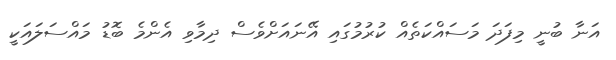
އަނާ ބުނީ މިފަދަ މަސައްކަތެއް ކުރުމުގައި އޭނައަށްވެސް ދިމާވި އެންމެ ބޮޑު މައްސަލައަކީ